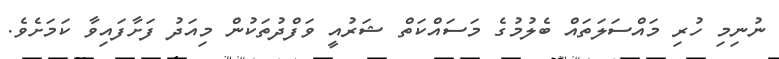
ނުނިމި ހުރި މައްސަލަތައް ބެލުމުގެ މަސައްކަތް ޝަރުއީ ވަފްދުތަކުން މިއަދު ފަށާފައިވާ ކަމަށެވެ.